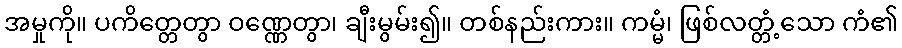
အမှုကို။ ပကိတ္တေတွာ ဝဏ္ဏေတွာ၊ ချီးမွမ်း၍။ တစ်နည်းကား။ ကမ္မံ၊ ဖြစ်လတ္တံ့သော ကံ၏